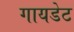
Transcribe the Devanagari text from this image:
गायडेट